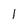
Character: 1